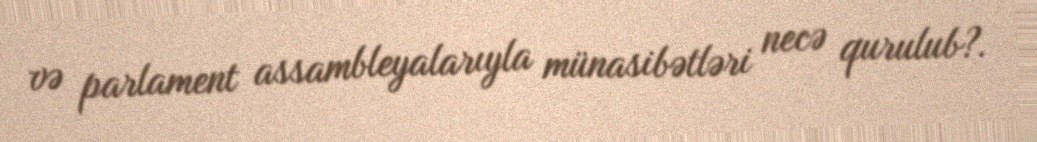
və parlament assambleyalarıyla münasibətləri necə qurulub?.